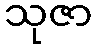
သုဇာ